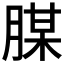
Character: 腜